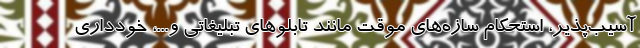
آسیب‌پذیر، استحکام سازه‌های موقت مانند تابلوهای تبلیغاتی و...، خودداری